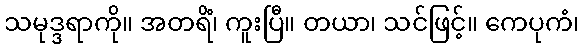
သမုဒ္ဒရာကို။ အတရိံ၊ ကူးပြီ။ တယာ၊ သင်ဖြင့်။ ကေပုကံ၊